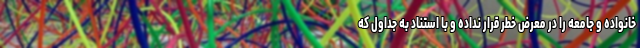
خانواده و جامعه را در معرض خطر قرار نداده و با استناد به جداول که